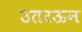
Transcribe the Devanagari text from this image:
उतरऊन